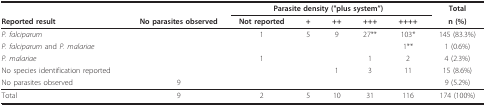
<table><thead><tr><td>[EMPTY_CELL]</td><td>[EMPTY_CELL]</td><td colspan="5"><b>Parasite density ("plus system")</b></td><td><b>Total</b></td></tr><tr><td><b>Reported result</b></td><td><b>No parasites observed</b></td><td><b>Not reported</b></td><td><b>+</b></td><td><b>++</b></td><td><b>+++</b></td><td><b>++++</b></td><td><b>n (%)</b></td></tr></thead><tbody><tr><td><i>P. falciparum</i></td><td>[EMPTY_CELL]</td><td>1</td><td>5</td><td>9</td><td>27**</td><td>103*</td><td>145 (83.3%)</td></tr><tr><td><i>P. falciparum </i>and <i>P. malariae </i></td><td>[EMPTY_CELL]</td><td>[EMPTY_CELL]</td><td>[EMPTY_CELL]</td><td>[EMPTY_CELL]</td><td>[EMPTY_CELL]</td><td>1**</td><td>1 (0.6%)</td></tr><tr><td><i>P. malariae</i></td><td>[EMPTY_CELL]</td><td>1</td><td>[EMPTY_CELL]</td><td>[EMPTY_CELL]</td><td>1</td><td>2</td><td>4 (2.3%)</td></tr><tr><td>No species identification reported</td><td>[EMPTY_CELL]</td><td>[EMPTY_CELL]</td><td>[EMPTY_CELL]</td><td>1</td><td>3</td><td>11</td><td>15 (8.6%)</td></tr><tr><td>No parasites observed</td><td>9</td><td>[EMPTY_CELL]</td><td>[EMPTY_CELL]</td><td>[EMPTY_CELL]</td><td>[EMPTY_CELL]</td><td>[EMPTY_CELL]</td><td>9 (5.2%)</td></tr><tr><td>Total</td><td>9</td><td>2</td><td>5</td><td>10</td><td>31</td><td>116</td><td>174 (100%)</td></tr></tbody></table>